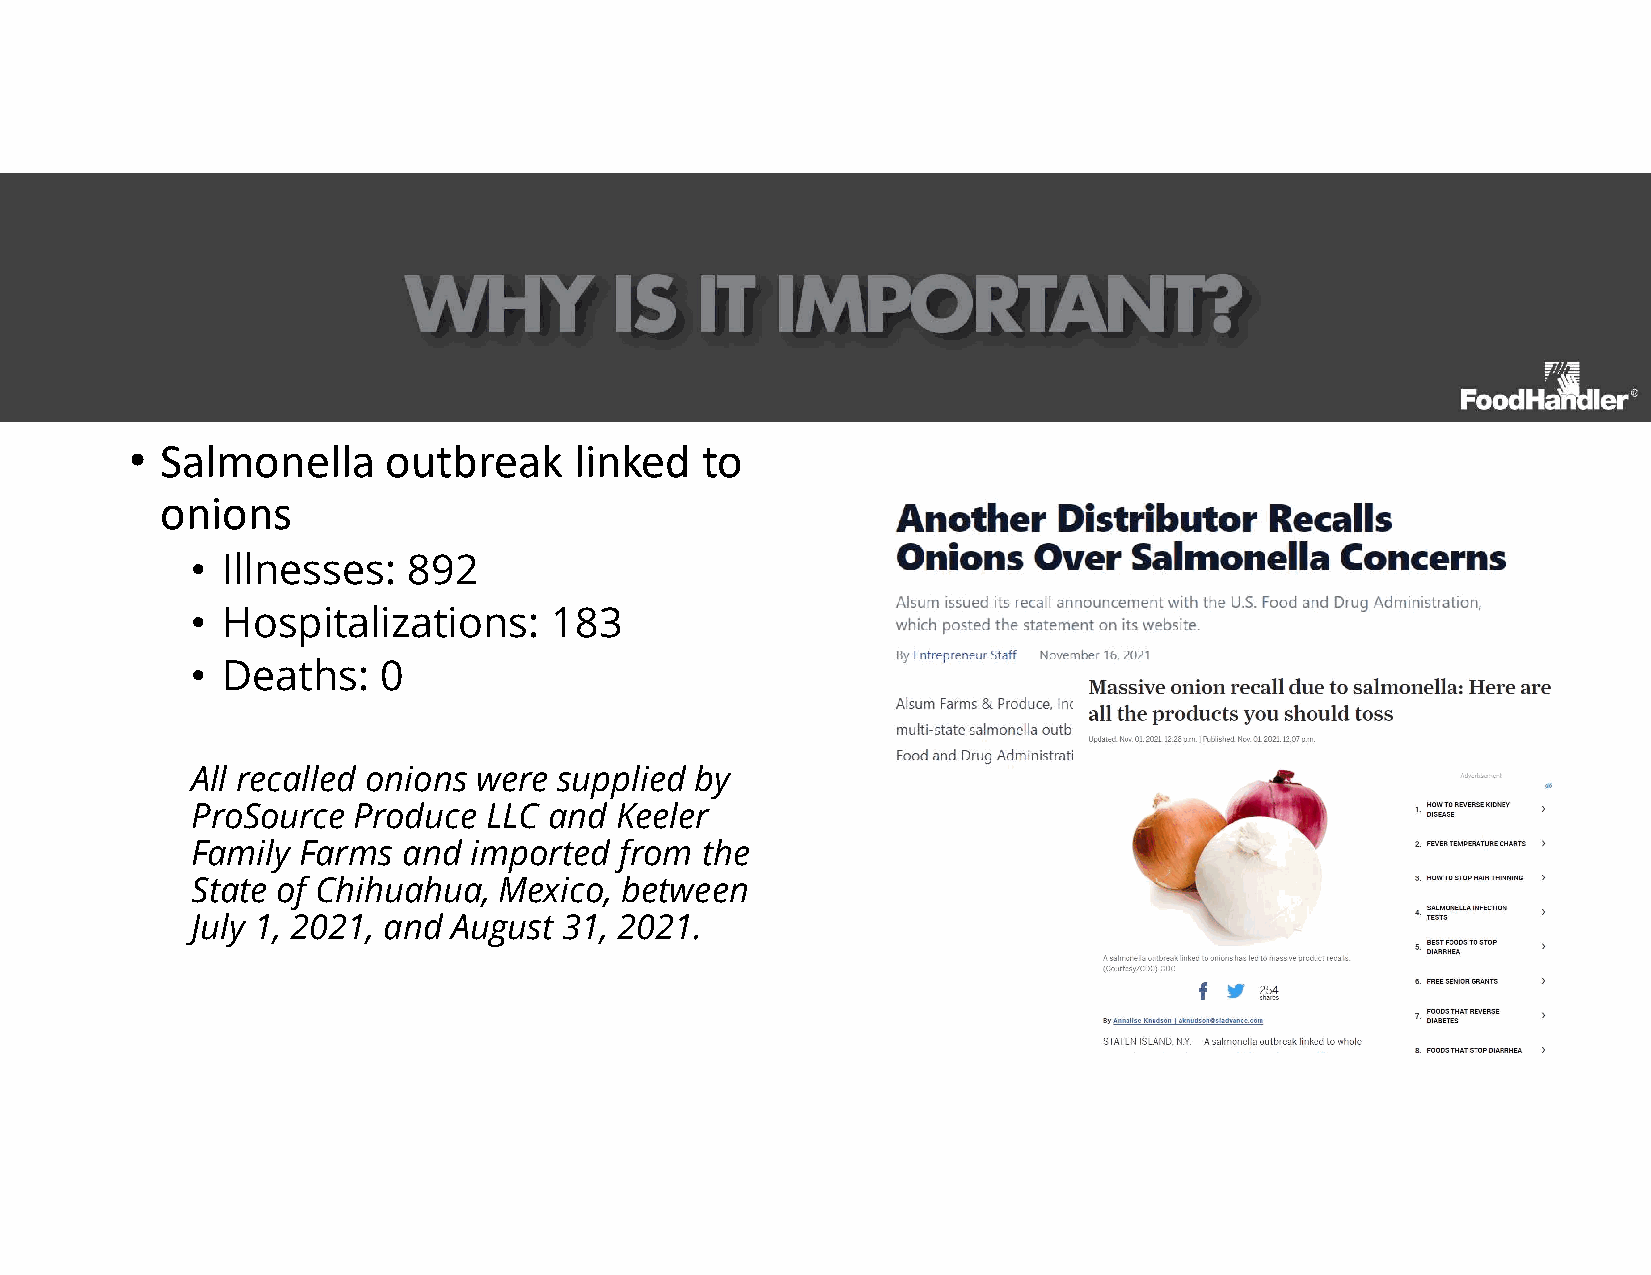
• Salmonella    outbreak     linked  to
 onions
 • Illnesses:  892
 • Hospitalizations:    183
 • Deaths:   0
 All recalled onions were supplied by
 ProSource Produce  LLC and  Keeler
 Family Farms  and imported  from the
 State of Chihuahua, Mexico, between
 July 1, 2021, and August 31, 2021.